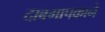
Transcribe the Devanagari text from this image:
दाबमापकाने